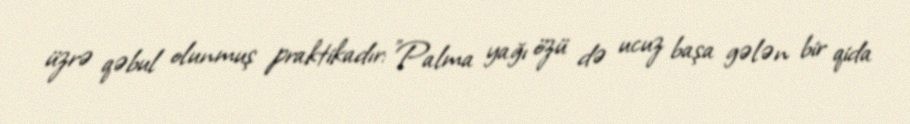
üzrə qəbul olunmuş praktikadır: "Palma yağı özü də ucuz başa gələn bir qida